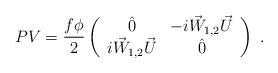
LaTeX: \begin{align*}PV = \frac{f \phi}{2}\left( \begin{array}{cc}\hat 0& -i \vec W_{1,2} \vec U\\i \vec W_{1,2} \vec U &\hat 0\end {array}\right)~.\end{align*}